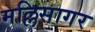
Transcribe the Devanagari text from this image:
मल्लिसागर